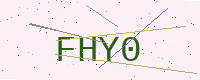
Text: FHY0